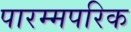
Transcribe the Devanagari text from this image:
पारम्मपरिक